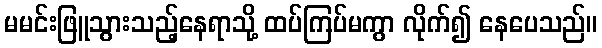
မမင်းဖြူသွားသည့်နေရာသို့ ထပ်ကြပ်မကွာ လိုက်၍ နေပေသည်။